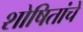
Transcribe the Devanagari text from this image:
शोषितांचे